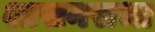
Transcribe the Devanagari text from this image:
शासनसभा